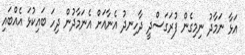
އަޅާ ނަމާދު ނިމިގެން ފުރަގަސްދީ ދާހިނދު އެނާއަށް އެނަމާދުން ދިހަ ބައިކުޅަ އެއްބައި